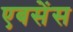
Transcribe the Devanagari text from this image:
एबसेंस